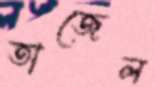
তাজেল